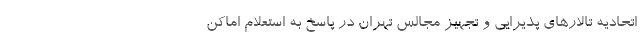
اتحادیه تالارهای پذیرایی و تجهیز مجالس تهران در پاسخ به استعلام اماکن